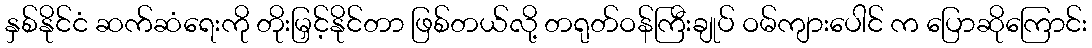
နှစ်နိုင်ငံ ဆက်ဆံရေးကို တိုးမြှင့်နိုင်တာ ဖြစ်တယ်လို့ တရုတ်ဝန်ကြီးချုပ် ဝမ်ကျားပေါင် က ပြောဆိုကြောင်း